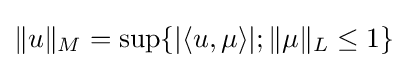
\|u\|_{M}=\sup\{|\langle u,\mu \rangle |;\|\mu \|_{L}\leq 1\}